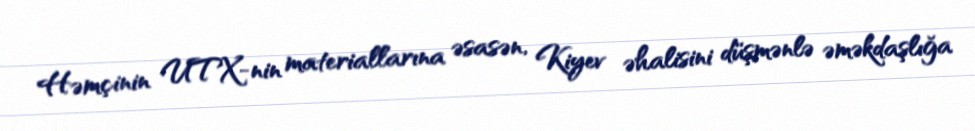
Həmçinin UTX-nin materiallarına əsasən, Kiyev əhalisini düşmənlə əməkdaşlığa